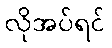
လိုအပ်ရင်